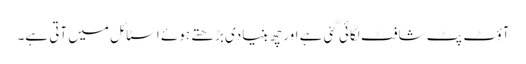
آؤٹ پٹ شافٹ لگائی گئی ہے اور چھ بنیادی بڑھتے ہوئے اسٹائل میں آتی ہے۔